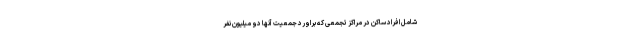
شامل افراد ساکن در مراکز تجمعی که براورد جمعیت آنها دو میلیون نفر